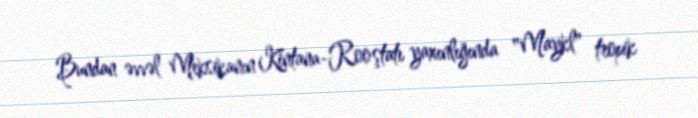
Bundan əvvəl Meksikanın Kintana-Roo ştatı yaxınlığında "Maykl" tropik